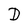
Character: D